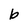
Character: b